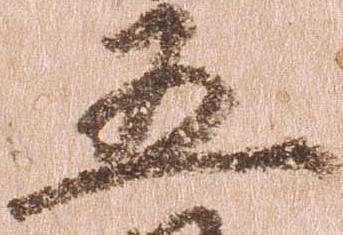
五